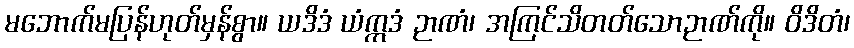
မဘောက်မပြန်ဟုတ်မှန်စွာ။ ယဒိဒံ ယံဣဒံ ဉာဏံ၊ အကြင်သိတတ်သောဉာဏ်ကို။ ဝိဒိတံ၊